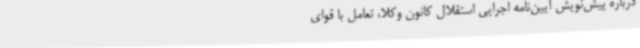
درباره‌ پیش‌نویش آیین‌نامه اجرایی استقلال کانون وکلا، تعامل با قوای